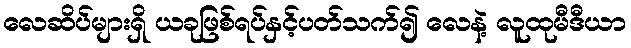
လေဆိပ်များရှိ ယခုဖြစ်ရပ်နှင့်ပတ်သက်၍ လေနဲ့ လူထုမီဒီယာ